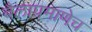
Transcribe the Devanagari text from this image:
बैलाप्रमाणेच